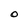
Character: O